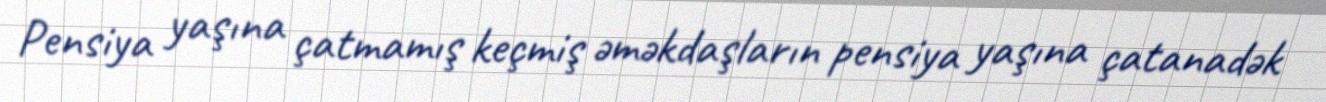
Pensiya yaşına çatmamış keçmiş əməkdaşların pensiya yaşına çatanadək